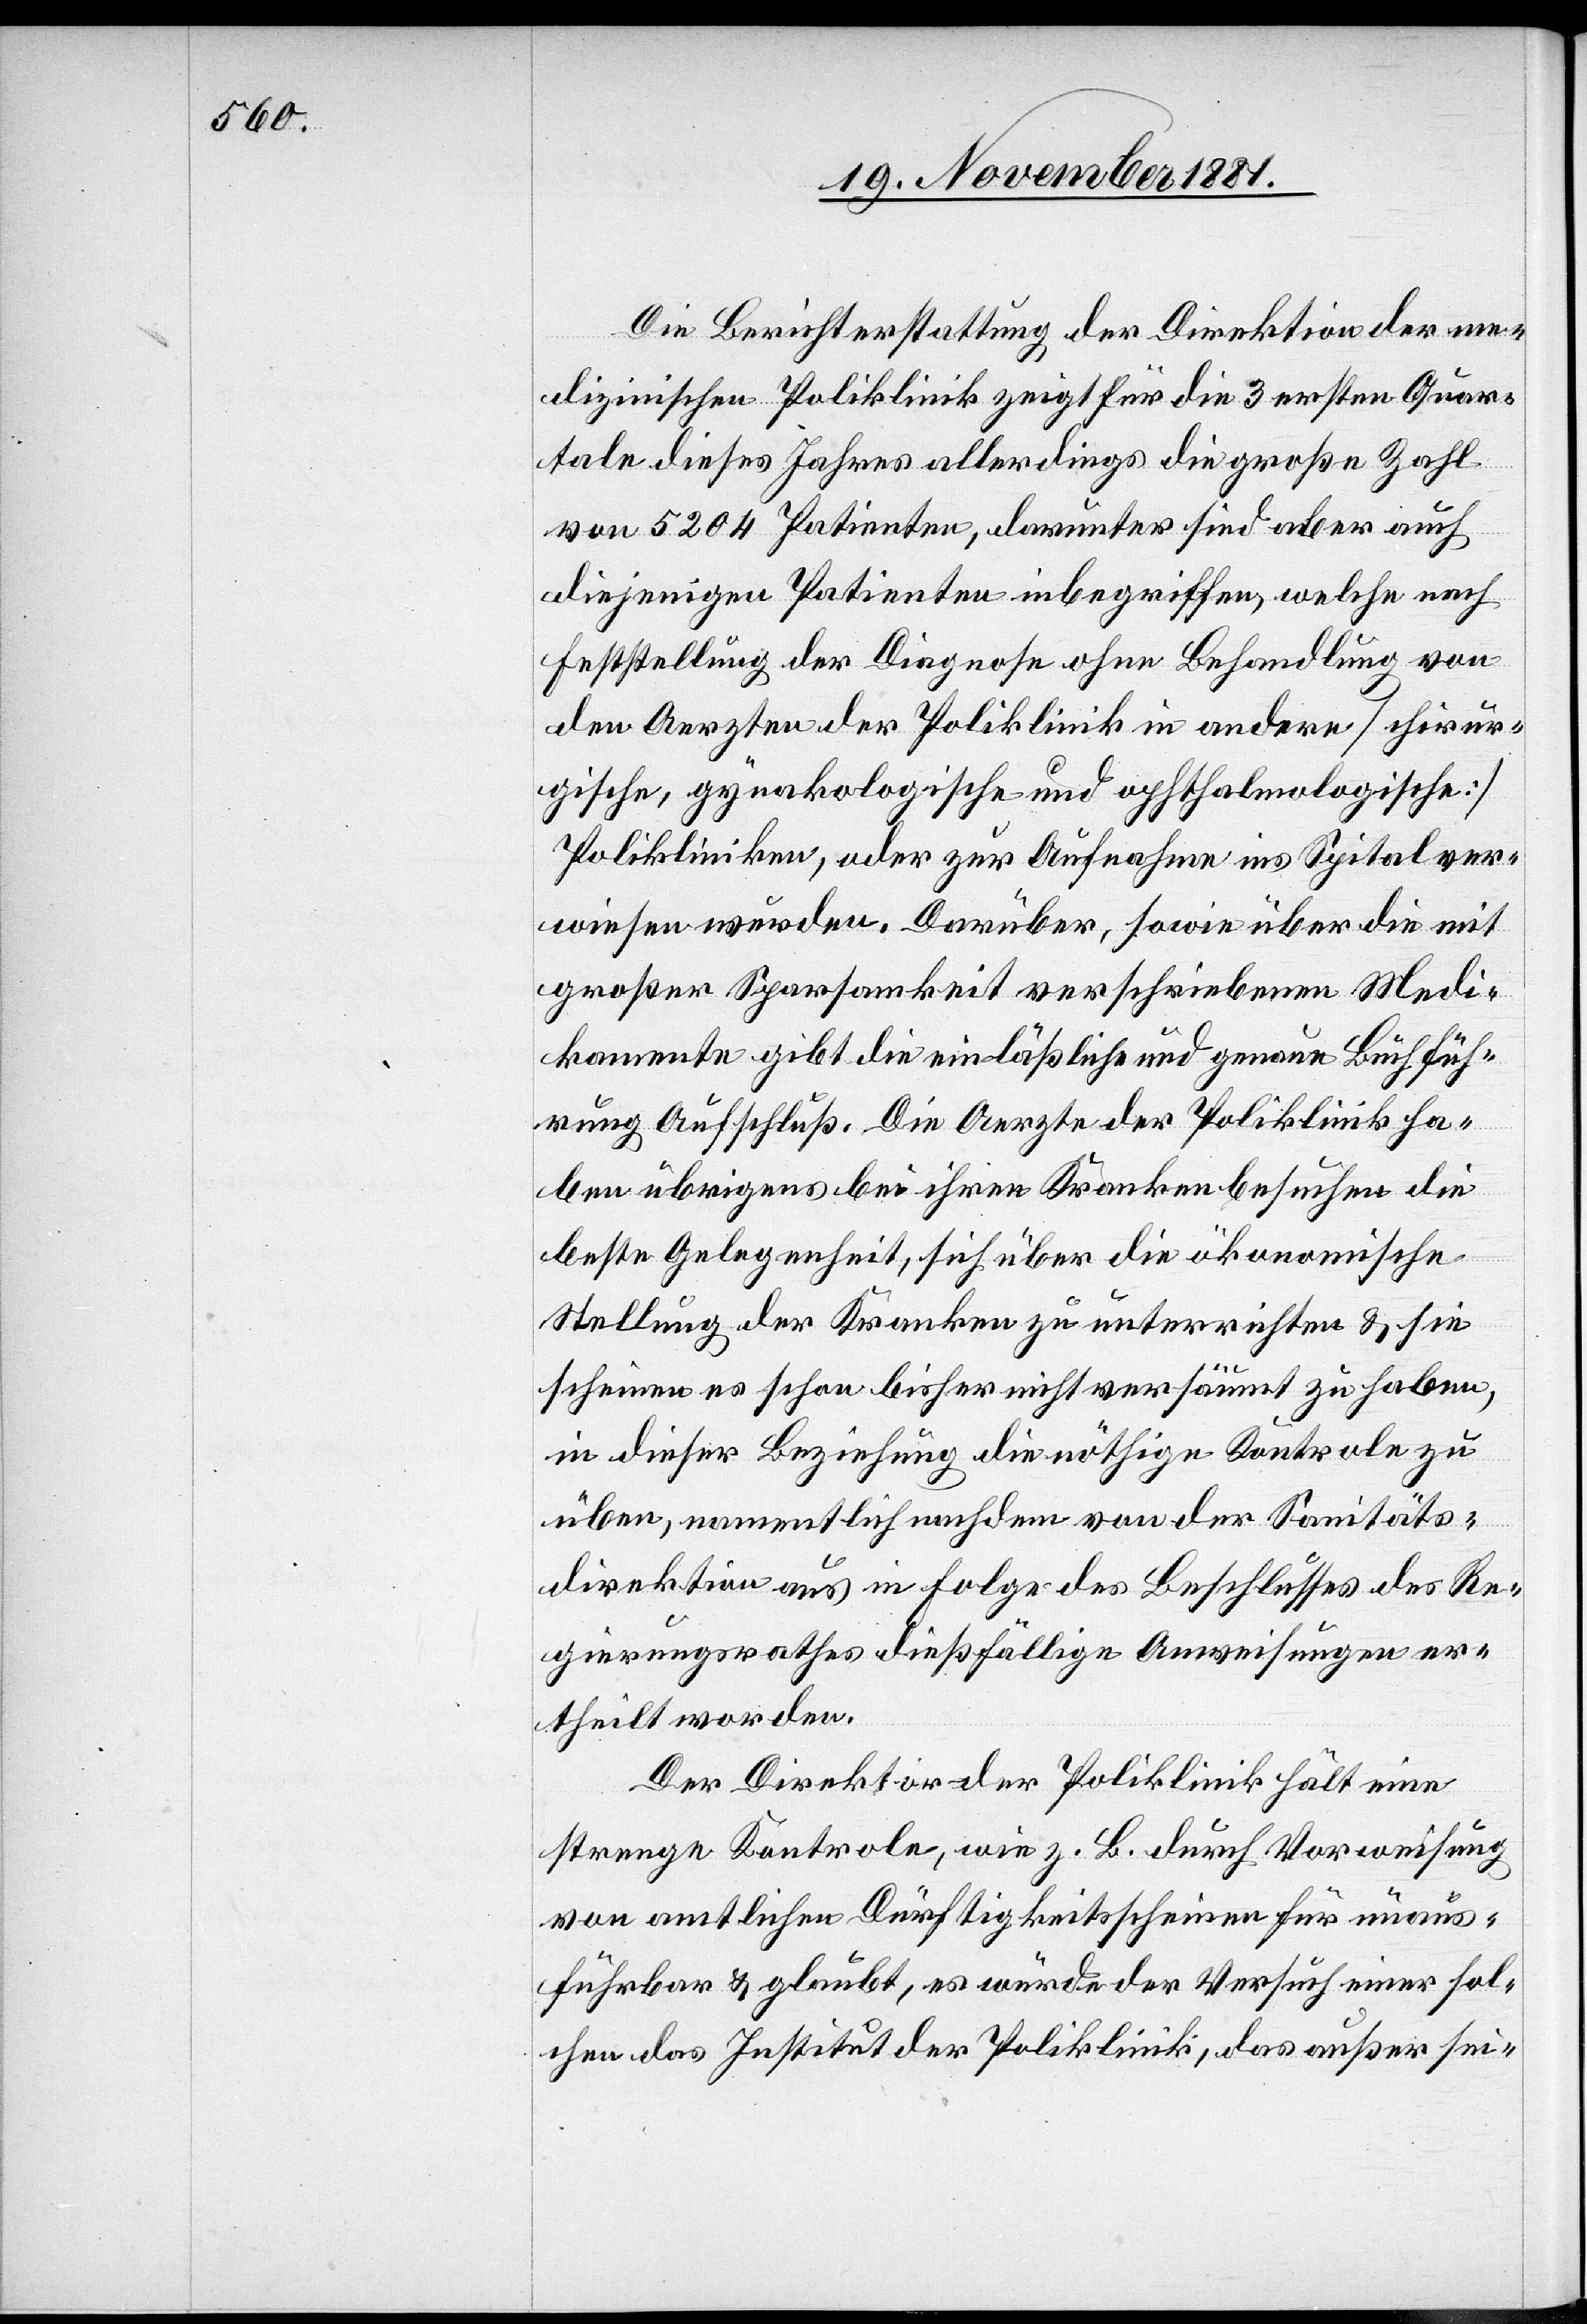
Die Berichterstattung der Direktion der me¬
dizinischen Poliklinik zeigt für die 3 ersten Quar¬
tale dieses Jahres allerdings die große Zahl
von 5204 Patienten, darunter sind aber auch
diejenigen Patienten inbegriffen, welche nach
Feststellung der Diagnose ohne Behandlung von
den Aerzten der Poliklinik in andere [chirur¬
gische, gynakologische [sic!] und ophthalmologische]
Polikliniken, oder zur Aufnahme ins Spital ver¬
wiesen wurden. Darüber, sowie über die mit
großer Sparsamkeit verschriebenen Medi¬
kamente gibt die einläßliche und genaue Buchfüh¬
rung Aufschluß. Die Aerzte der Poliklinik ha¬
ben übrigens bei ihren Krankenbesuchen die
beste Gelegenheit, sich über die ökonomische
Stellung der Kranken zu unterrichten & sie
scheinen es schon bisher nicht versäumt zu haben,
in dieser Beziehung die nöthige Kontrole zu
üben, namentlich nachdem von der Sanitäts¬
direktion aus in Folge des Beschlusses des Re¬
gierungsrathes dießfällige Anweisungen er¬
theilt worden.
Der Direktor der Poliklinik hält eine
strenge Kontrole, wie z. B. durch Vorweisung
von amtlichen Dürftigkeitsscheinen für unaus¬
führbar & glaubt, es würde der Versuch einer sol¬
chen das Institut der Poliklinik, das außer sei-